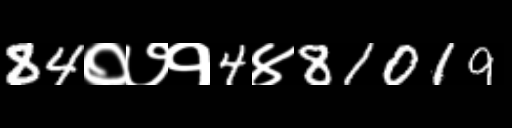
Text: 84०७१4४81019